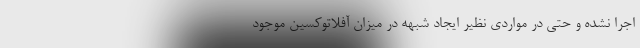
اجرا نشده و حتی در مواردی نظیر ایجاد شبهه در میزان آفلاتوکسین موجود